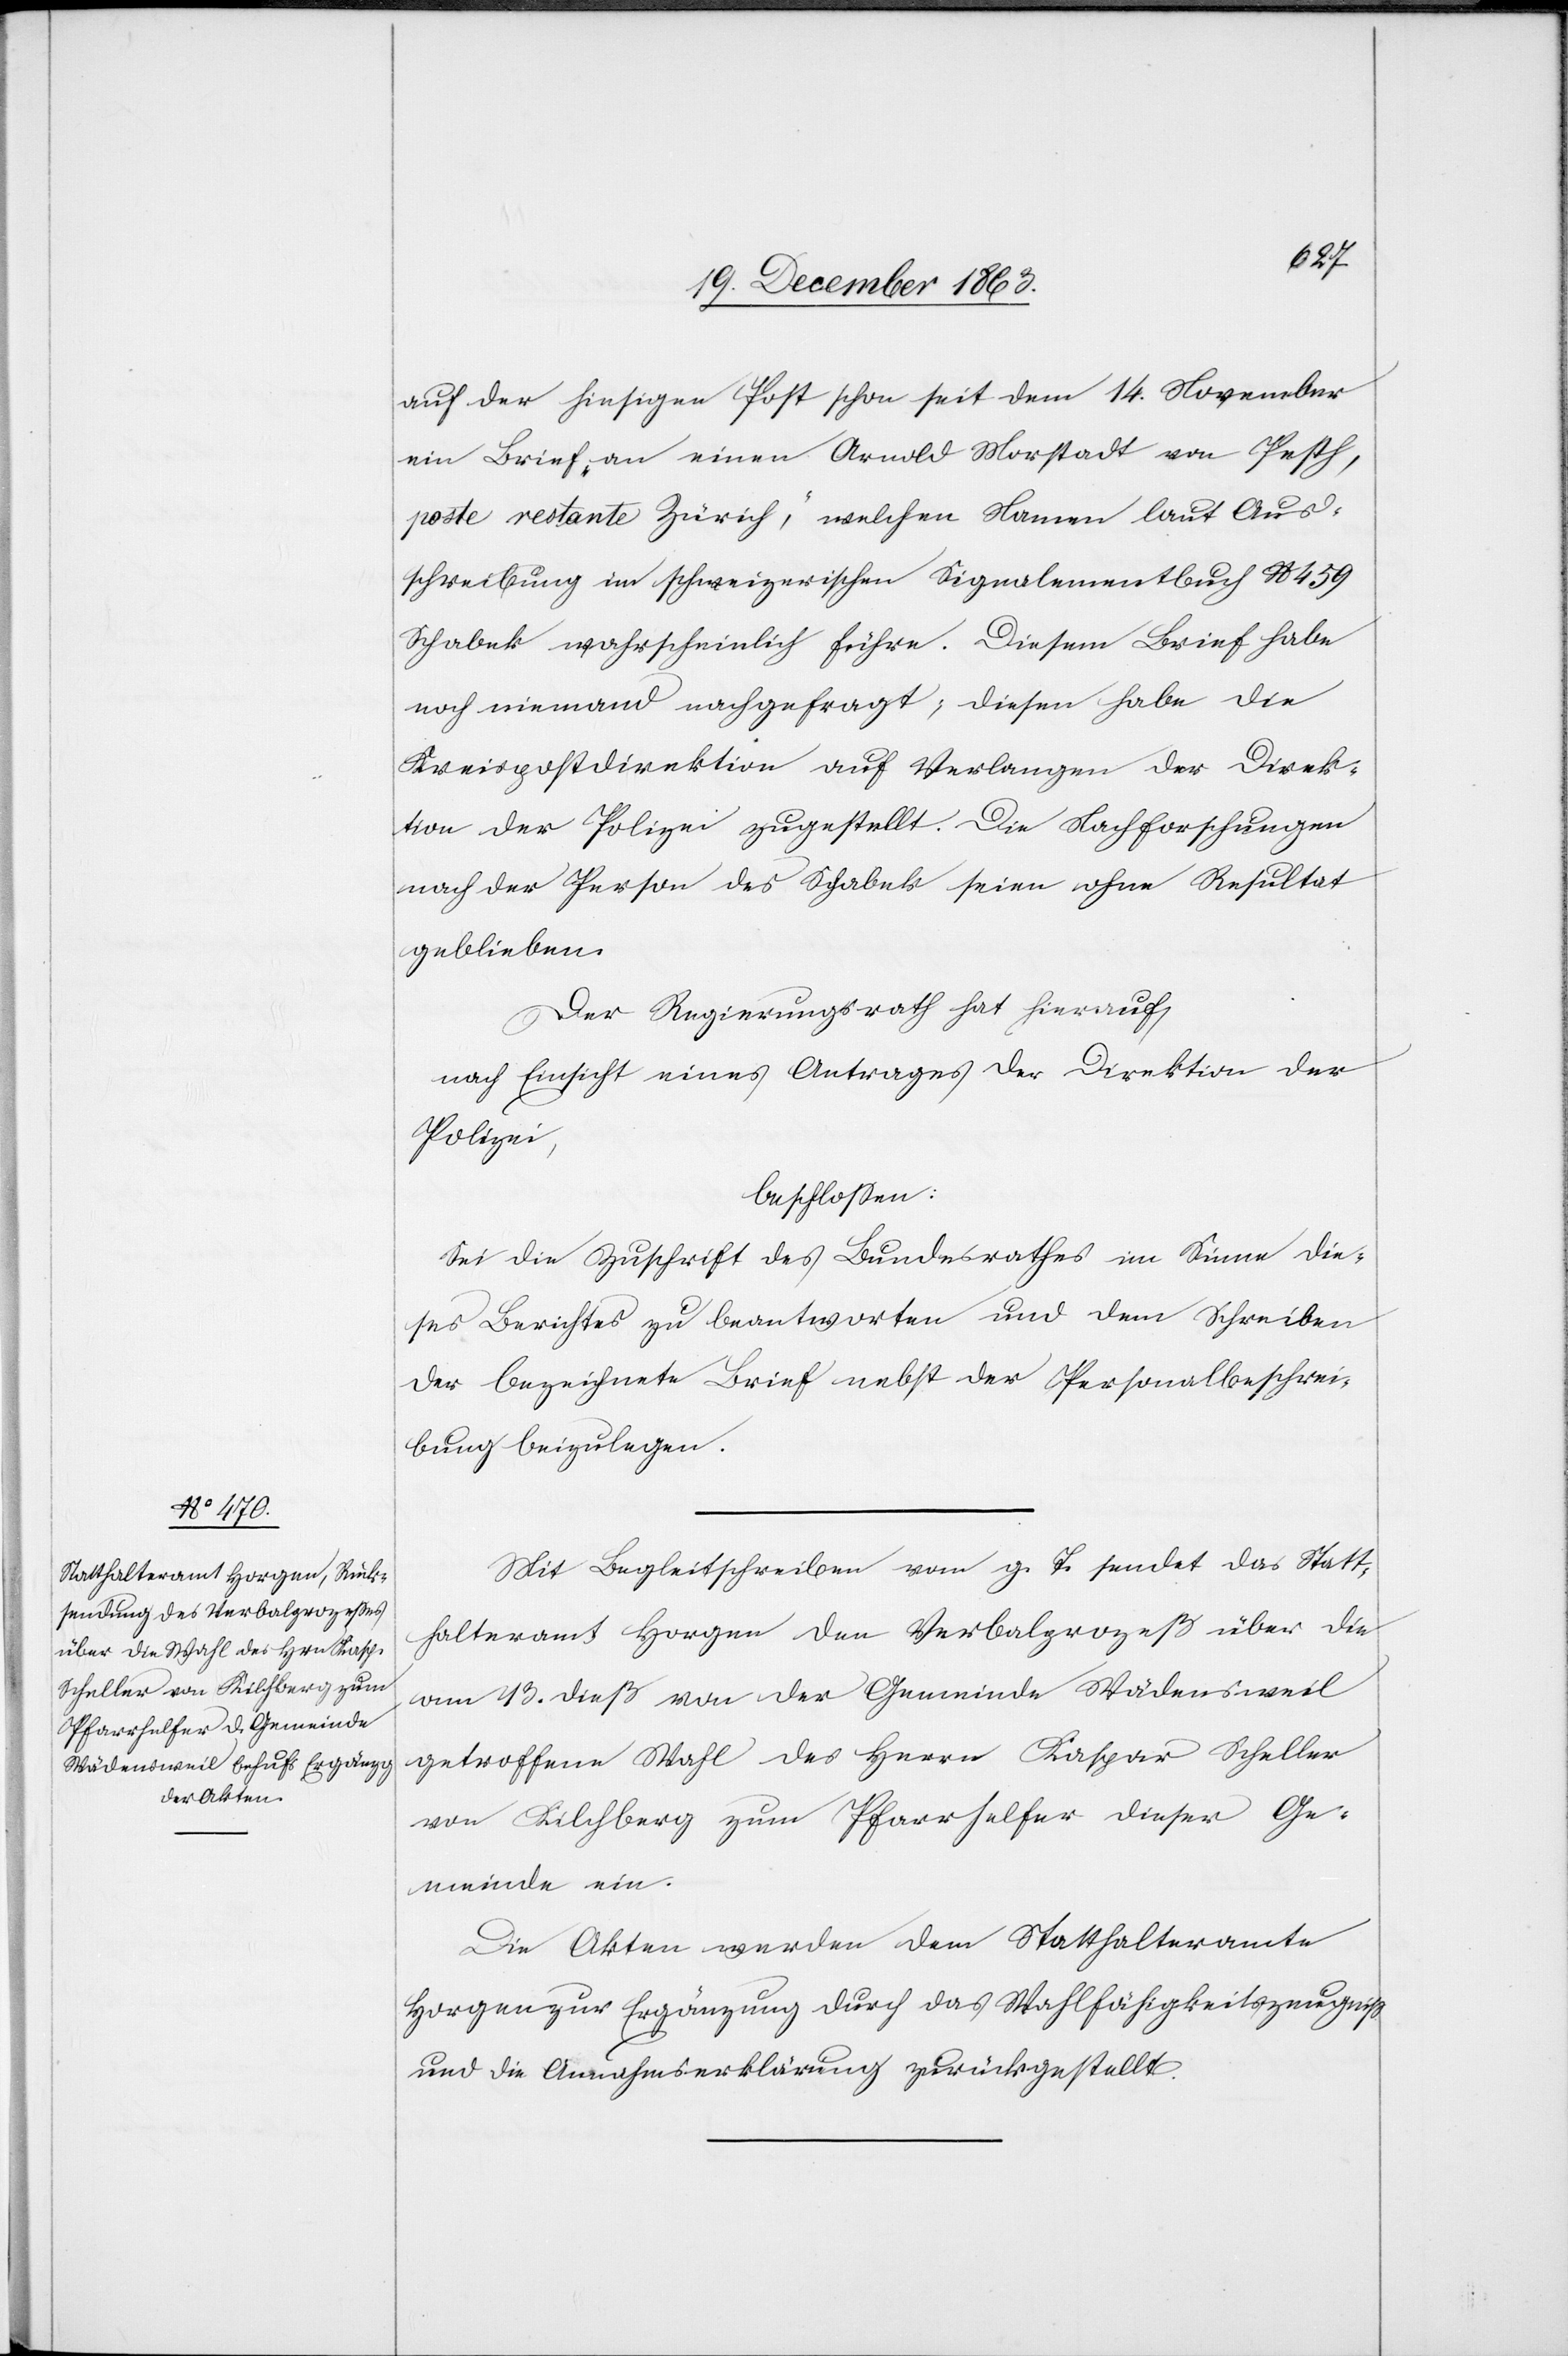
22. December 1863.]
auf der hiesigen Post schon seit dem 14. November
ein Brief „an einen Arnold Morstadt von Pesth,
poste restante Zürich“, welchen Namen laut Aus¬
schreibung im schweizerischen Signalementbuch No 459
Schabek wahrscheinlich führe. Diesem Brief habe
noch niemand nachgefragt; diesen habe die
Kreispostdirektion auf Verlangen der Direk¬
tion der Polizei zugestellt. Die Nachforschungen
nach der Person des Schabek seien ohne Resultat
geblieben.
Der Regierungsrath hat hierauf,
nach Einsicht eines Antrages der Direktion der
Polizei,
beschlossen:
Sei die Zuschrift des Bundesrathes im Sinne die¬
ses Berichtes zu beantworten und dem Schreiben
der bezeichnete Brief nebst der Personalbeschrei¬
bung beizulegen.
Mit Begleitschreiben vom g. T. sendet das Statt¬
halteramt Horgen den Verbalprozeß über die
am 13. dieß von der Gemeinde Wädensweil
getroffene Wahl des Herrn Kaspar Scheller
von Kilchberg zum Pfarrhelfer dieser Ge¬
meinde ein.
Die Akten werden dem Statthalteramte
Horgen zur Ergänzung durch das Wahlfähigkeitszeugniss
und die Annahmserklärung zurückgestellt.